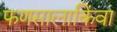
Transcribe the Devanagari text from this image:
फणसालाकिंवा